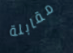
مقابلة